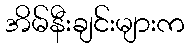
အိမ်နီးချင်းများက